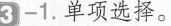
3 -1.单项选择。